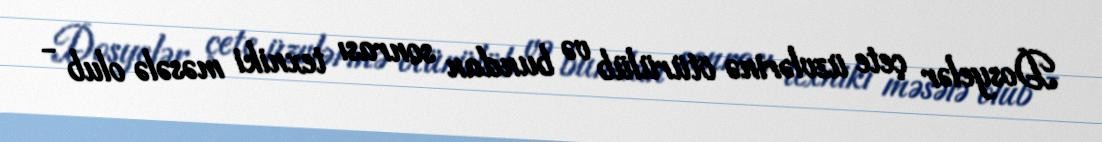
Dosyelər çete üzvlərinə ötürülüb və bundan sonrası texniki məsələ olub -